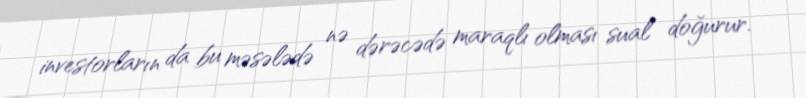
investorların da bu məsələdə nə dərəcədə maraqlı olması sual doğurur.